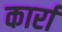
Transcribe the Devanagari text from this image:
कार्रा